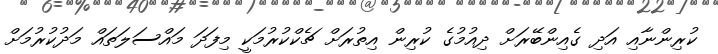
ކުރިންނާއި އަދި ގެއިންބޭރަށް ދިއުމުގެ ކުރިން އިތުރަށް ޗެކްކުރުމަކީ މިފަދަ މައްސަލަތައް މަދުކުރުމަށް